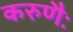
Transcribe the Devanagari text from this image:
करुणैः